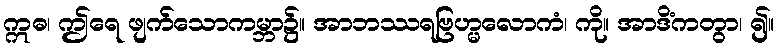
ဣဓ၊ ဤရေ ဖျက်သောကမ္ဘာ၌။ အာဘဿရဗြဟ္မလောကံ၊ ကို။ အာဒိံကတွာ၊ ၍။